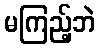
မကြည့်ဘဲ